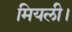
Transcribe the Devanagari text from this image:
मियली।